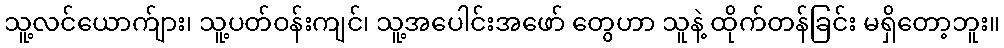
သူ့လင်ယောက်ျား၊ သူ့ပတ်ဝန်းကျင်၊ သူ့အပေါင်းအဖော် တွေဟာ သူနဲ့ ထိုက်တန်ခြင်း မရှိတော့ဘူး။